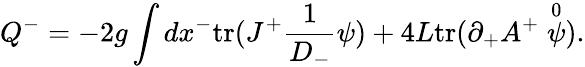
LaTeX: Q^{-}=-2g\int dx^{-}\mathrm{tr}(J^{+}\frac{1}{D_{-}}\psi)+4L\mathrm{tr}(\partial_{+}A^{+}\stackrel{0}{\psi}).